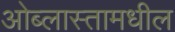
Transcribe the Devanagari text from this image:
ओब्लास्तामधील